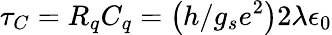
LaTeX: \tau_{C}=R_{q}C_{q}=\left(h/g_{s}e^{2}\right)2\lambda\epsilon_{0}